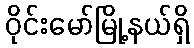
ဝိုင်းမော်မြို့နယ်ရှိ